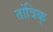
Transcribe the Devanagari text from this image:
तांत्रिक्